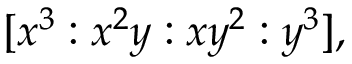
[ x ^ { 3 } : x ^ { 2 } y : x y ^ { 2 } : y ^ { 3 } ] ,